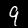
Digit: 9